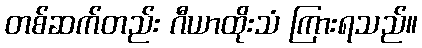
တစ်ဆက်တည်း ဂီယာထိုးသံ ကြားရသည်။